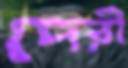
দেরী